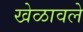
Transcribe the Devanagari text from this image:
खेळावले